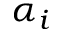
\alpha _ { i }